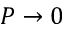
P \rightarrow 0